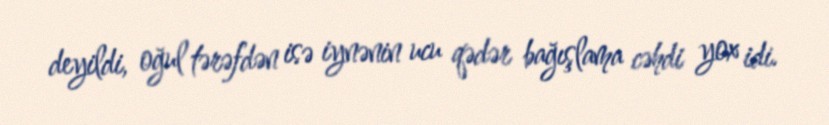
deyildi, oğul tərəfdən isə iynənin ucu qədər bağışlama cəhdi yox idi.